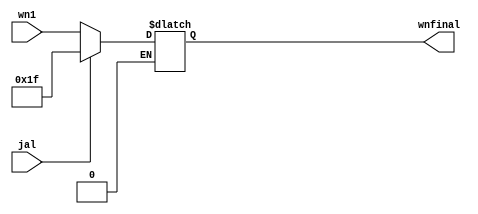
`timescale 1ns / 1ps

module wnmux(
    input [4:0] wn1,
    input  jal,
    
    output reg[4:0] wnfinal
    );
    
    always @(*) begin
        if (jal == 1'b1) begin
            wnfinal = 5'd31;
            end
        else if (jal == 1'b0) begin
            wnfinal = wn1;
            end
            end
endmodule